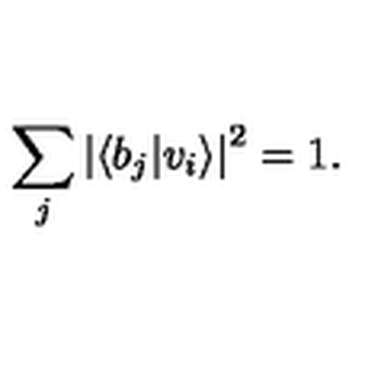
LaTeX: \sum _ { j } \left| \left\langle b _ { j } | v _ { i } \right\rangle \right| ^ { 2 } = 1 .